Report of the Municipal Commissioner on the plague in Bombay for the year ending 31st May... - Volume 1
Disease focus: Plague
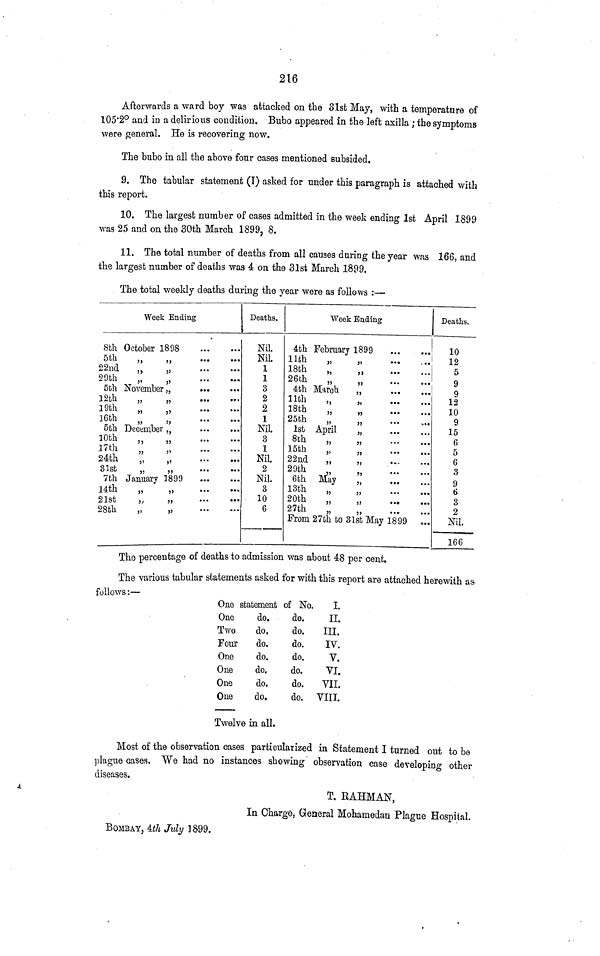
216
Afterwards a ward boy was attacked on the 31st May, with a temperature of
105·2° and in a delirious condition. Bubo appeared in the left axilla; the symptoms
were general. He is recovering now.
The bubo in all the above four cases mentioned subsided.
9. The tabular statement (I) asked for under this paragraph is attached with
this report.
10. The largest number of cases admitted in the week ending 1st April 1899
was 25 and on the 30th March 1899, 8.
11. The total number of deaths from all causes daring the year was 166, and
the largest number of deaths was 4 on the 31st March 1899.
The total weekly deaths during the year were as follows:—
Week Ending
8th October 1898
5th
„
„
22nd
„
„
29th
„
„
5th November,,
12th
„
„
19th
„
„
16th
„
„
5th December „
10th
„
17th
24th
„
„
31st,,
,,
7th January 1899
14th
„
„
21st
,,
28th
„
„
...
...
• •
...
..
..
..
• •
..
..
Deaths.
Nil.
Nil.
1
1
3
2
2
1
Nil.
3
1
Nil.
2
Nil.
3
10
6
Week Ending
4th February 1899
11th
„
„
18th
,,
„
26th
,
4th March
„
llth
,
„
18th
25th
,
1st April
„
8th
„
15th „
22nd
„
29th
„
6th May
„
13th
20th
27th
„
From 27th to 31st May 1899
Deaths.
10
12
5
9
9
12
10
9
15
6
5
6
8
9
6
3
2
Nil.
166
The percentage of deaths to admission was about 48 per cent.
The various tabular statements asked for with this report are attached herewith as
follows:—
One statement
One
do.
Two
do.
Four
do.
One
do.
One
do.
One
do.
One
do.
of No.
I.
do.
II.
do.
III.
do.
IV.
do.
V.
do.
VI.
do. VII.
do. VIII.
Twelve in all.
Most of the observation cases particularized in Statement I turned out to be
plague cases. We had no instances showing observation case developing other
diseases.
T. RAHMAN,
In Charge, General Mohamedan Plague Hospital.
BOMBAY, 4th July 1899.